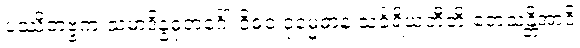
ပဿိတဗ္ဗကံ သမာဒိန္နဓုတင်္ဂေါ ဝိဓဝံ ဒုမ္မေဓာနံ သင်္ခရိယတီတိ တေသန္တိအာဒိ